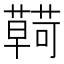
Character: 𮒠